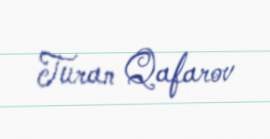
Turan Qafarov